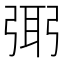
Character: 㢽